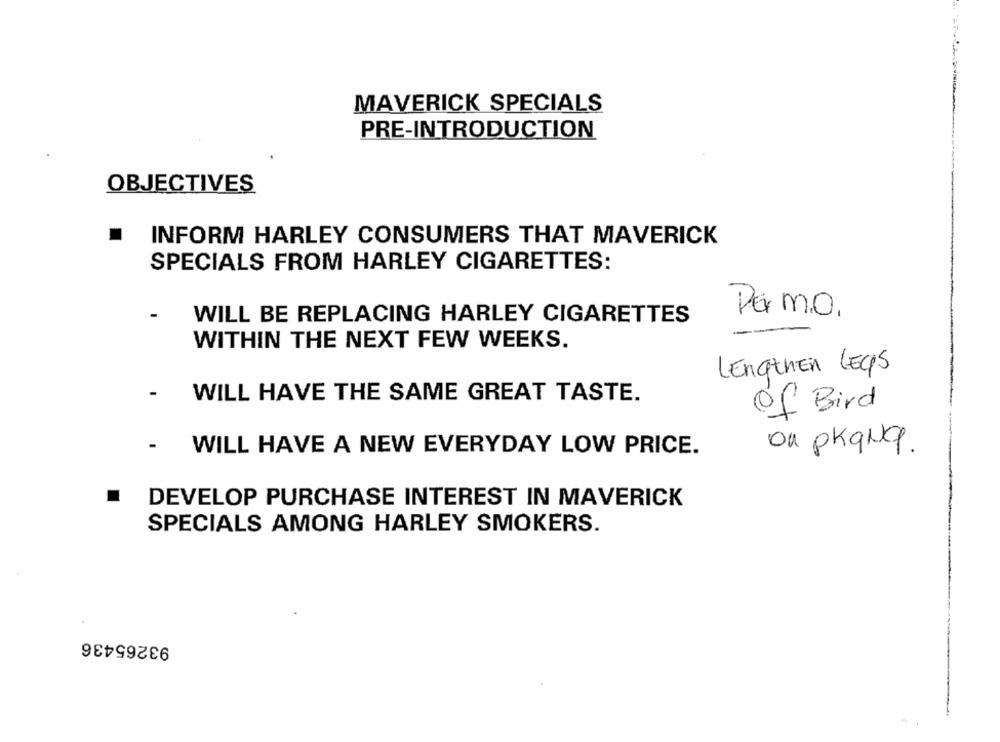
MAVERICK SPECIALS
PRE-INTRODUCTION
OBJECTIVES
.
INFORM HARLEY CONSUMERS THAT MAVERICK
SPECIALS FROM HARLEY CIGARETTES:
WILL BE REPLACING HARLEY CIGARETTES
Par m.o.
WITHIN THE NEXT FEW WEEKS.
LengthEn LEGS
WILL HAVE THE SAME GREAT TASTE.
of Bird
WILL HAVE A NEW EVERYDAY LOW PRICE.
ou pkqNq.
.
DEVELOP PURCHASE INTEREST IN MAVERICK
SPECIALS AMONG HARLEY SMOKERS.
93265436